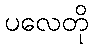
ပလေတို